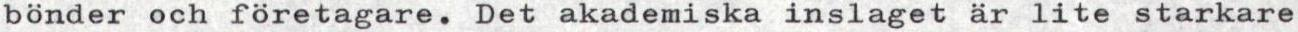
bönder och företagare. Det akademiska inslaget är lite starkare